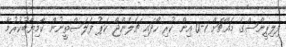
ފިލިޕީންސްގެ މައްޗަށް 1-0 އިން ކުރި ހޯދައި ޗެލެންޖް ކަޕު ފަލަސްތީނުން ކާމިޔާބުކުރުމާ